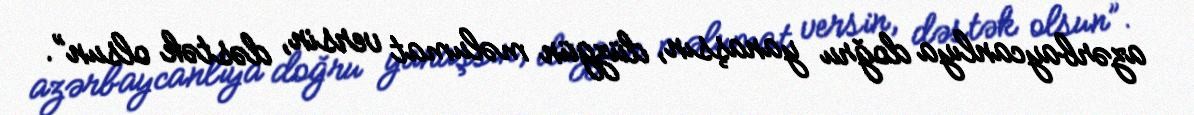
azərbaycanlıya doğru yanaşsın, düzgün məlumat versin, dəstək olsun”.